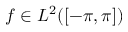
f \in L ^ { 2 } ( [ - \pi , \pi ] )